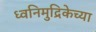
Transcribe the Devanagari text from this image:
ध्वनिमुद्रिकेच्या